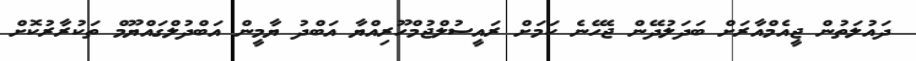
ދައުލަތުން ޖީއެމްއާރަށް ބަދަލުދޭން ޖެހޭނެ ކަމަށް ރައީސުލްޖުމްހޫރިއްޔާ އަބްދު ޔާމީން އަބްދުލްގައްޔޫމް ތަކުރާރުކޮށް